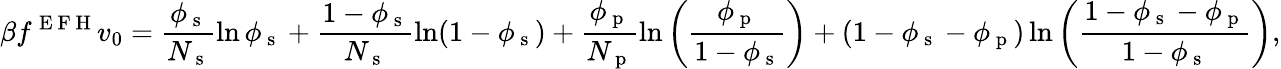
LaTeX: \beta f^{\mathrm{~E~F~H~}}v_{0}=\frac{\phi_{\mathrm{~s~}}}{N_{\mathrm{~s~}}}\ln\phi_{\mathrm{~s~}}+\frac{1-\phi_{\mathrm{~s~}}}{N_{\mathrm{~s~}}}\ln(1-\phi_{\mathrm{~s~}})+\frac{\phi_{\mathrm{~p~}}}{N_{\mathrm{~p~}}}\ln\left(\frac{\phi_{\mathrm{~p~}}}{1-\phi_{\mathrm{~s~}}}\right)+(1-\phi_{\mathrm{~s~}}-\phi_{\mathrm{~p~}})\ln\left(\frac{1-\phi_{\mathrm{~s~}}-\phi_{\mathrm{~p~}}}{1-\phi_{\mathrm{~s~}}}\right),